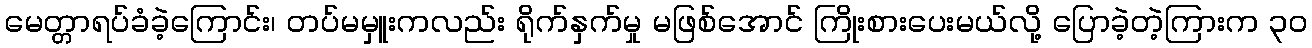
မေတ္တာရပ်ခံခဲ့ကြောင်း၊ တပ်မမှူးကလည်း ရိုက်နှက်မှု မဖြစ်အောင် ကြိုးစားပေးမယ်လို့ ပြောခဲ့တဲ့ကြားက ၃၀